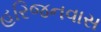
હરિજનવાસ